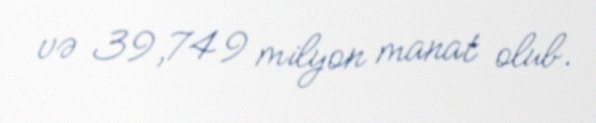
və 39,749 milyon manat olub.